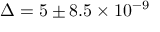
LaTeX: \Delta = 5 \pm 8 . 5 \times 1 0 ^ { - 9 }